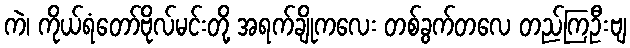
ကဲ၊ ကိုယ်ရံတော်ဗိုလ်မင်းတို့ အရက်ချိုကလေး တစ်ခွက်တလေ တည်ကြဦးဗျ